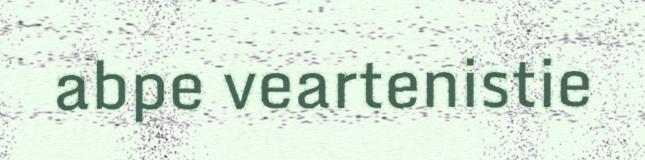
abpe veartenistie